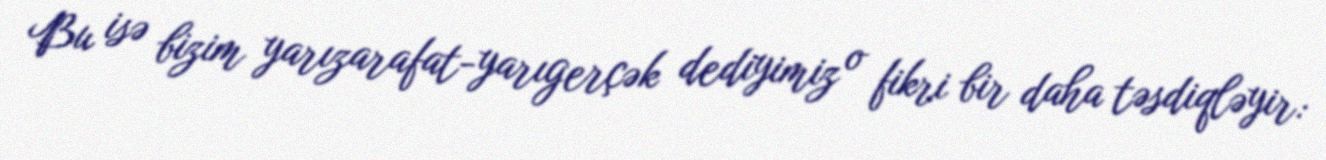
Bu isə bizim yarızarafat-yarıgerçək dediyimiz o fikri bir daha təsdiqləyir: